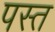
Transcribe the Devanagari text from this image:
पस्‍त